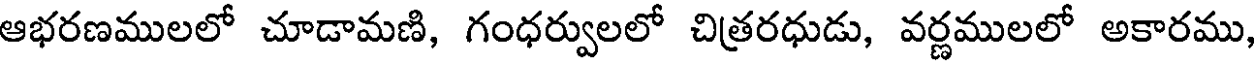
ఆభరణములలో చూడామణి, గంధర్వులలో చిత్రరధుడు, వర్ణములలో అకారము,